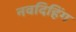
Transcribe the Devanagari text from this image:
नवदिहिंग